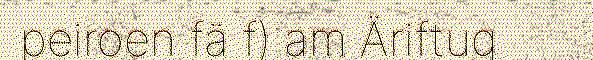
peiroen fä f) am Äriftug